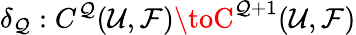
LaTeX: \delta_{\mathcal{Q}}:C^{\mathcal{Q}}({\mathcal{{U}}},{\mathcal{{F}}})\toC^{\mathcal{Q}+1}({\mathcal{{U}}},{\mathcal{{F}}})